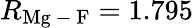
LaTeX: R_{\mathrm{Mg\mathrm{~-~}F}}=1.795